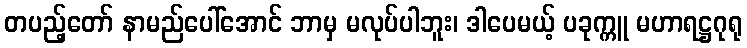
တပည့်တော် နာမည်ပေါ်အောင် ဘာမှ မလုပ်ပါဘူး၊ ဒါပေမယ့် ပခုက္ကူ မဟာရဋ္ဌဂုရု